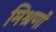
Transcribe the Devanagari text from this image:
मिश्रणॉं